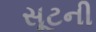
સૂટની